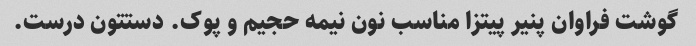
گوشت فراوان پنیر پیتزا مناسب نون نیمه حجیم و پوک. دستتون درست.